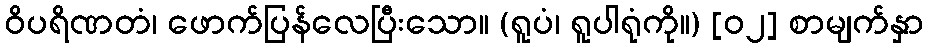
ဝိပရိဏတံ၊ ဖောက်ပြန်လေပြီးသော။ (ရူပံ၊ ရူပါရုံကို။) [၀၂] စာမျက်နှာ